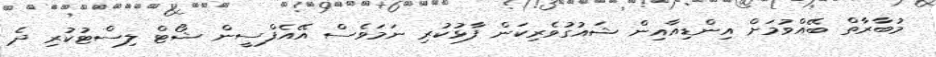
މުބާރާތް ބޭއްވުމަށް އިންޑިއާއިން ޝައުގުވެރިކަން ފާޅުކުރި ނަމަވެސް އޭއެފްސީން ޝޯޓް ލިސްޓުކުރި ދެ